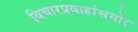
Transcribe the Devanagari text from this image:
विचारप्रवाहांसमोर